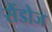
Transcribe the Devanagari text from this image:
सैंडोज